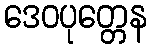
ဒေဝပုတ္တေန